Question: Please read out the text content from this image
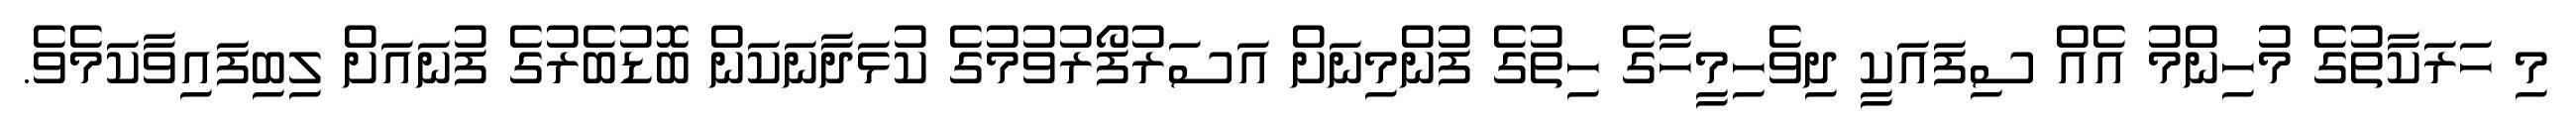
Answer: މި ހަރަކާތުގެ މުހިންމު އެއް ސިފައަކީ ދިވެހިމީހާގެ ހިތުގެ ފުންމިނަށް އަސަރުފޯރުވުމުގެ ކުޅަދާނަކަން ބޮޑުބެރުގެ ފުނައަށް ލިބިފައިވާކަމެވެ.